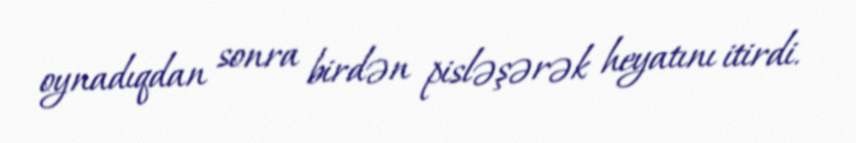
oynadıqdan sonra birdən pisləşərək heyatını itirdi.